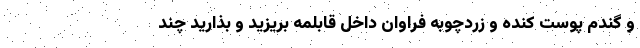
و گندم پوست کنده و زردچوبه فراوان داخل قابلمه بریزید و بذارید چند